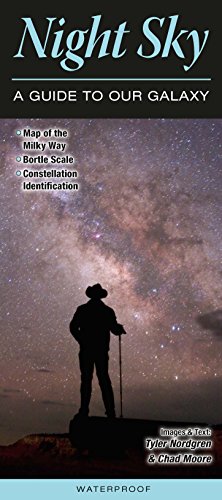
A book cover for Night Sky: A Guide to Our Galaxy; Tyler Nordgren; Science & Math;